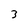
Character: 3